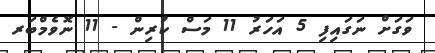
ވަގަށް ނަގައިފި 5 އަހަރު 11 މަސް ކުރިން - 11 ނޮވެމްބަރ